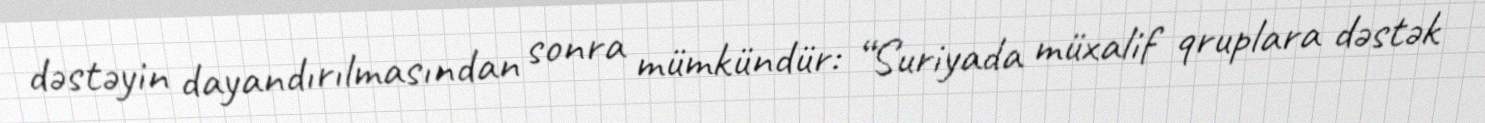
dəstəyin dayandırılmasından sonra mümkündür: “Suriyada müxalif qruplara dəstək